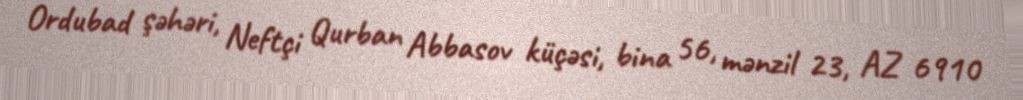
Ordubad şəhəri, Neftçi Qurban Abbasov küçəsi, bina 56, mənzil 23, AZ 6910